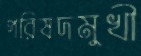
পরিষদমুখী